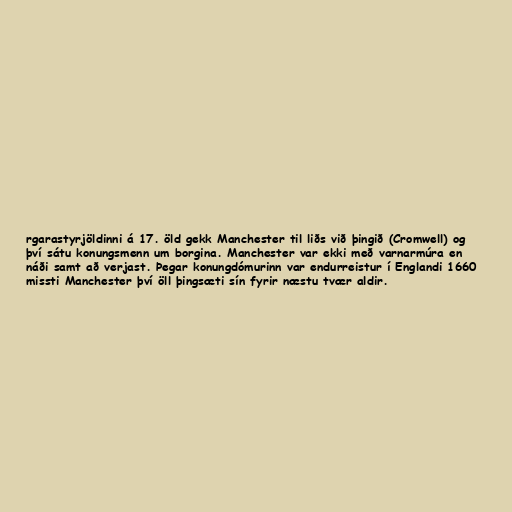
rgarastyrjöldinni á 17. öld gekk Manchester til liðs við þingið (Cromwell) og
því sátu konungsmenn um borgina. Manchester var ekki með varnarmúra en
náði samt að verjast. Þegar konungdómurinn var endurreistur í Englandi 1660
missti Manchester því öll þingsæti sín fyrir næstu tvær aldir.